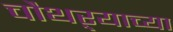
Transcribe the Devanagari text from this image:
चौथऱ्याच्या